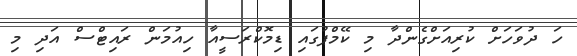
ހަ ދުވަހަށް ކުރިއަށްގެންދާ މި ކޭމްޕުގައި ޑިމޮކްރަސީއާ ހިއުމަން ރައިިޓްސް އަދި މި